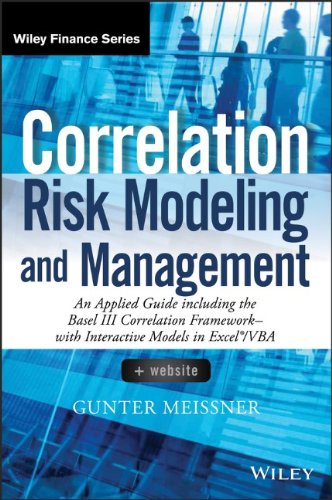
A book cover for Correlation Risk Modeling and Management, + Website: An Applied Guide including the Basel III Correlation Framework - With Interactive Models in Excel / VBA (Wiley Finance); Gunter Meissner; Business & Money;